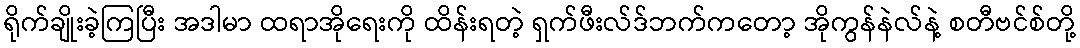
ရိုက်ချိုးခဲ့ကြပြီး အဒါမာ ထရာအိုရေးကို ထိန်းရတဲ့ ရှက်ဖီးလ်ဒ်ဘက်ကတော့ အိုကွန်နဲလ်နဲ့ စတီဗင်စ်တို့